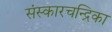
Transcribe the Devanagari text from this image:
संस्कारचन्द्रिका